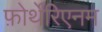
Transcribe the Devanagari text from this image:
फ़ोर्थेरिएनम